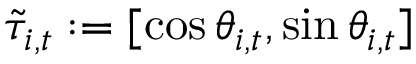
\tilde { \tau } _ { i , t } : = [ \cos \theta _ { i , t } , \sin \theta _ { i , t } ]